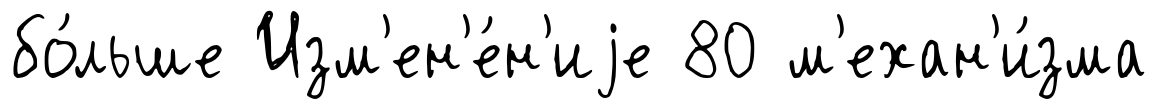
бо́льше Изм'ен'е́н'иjе 80 м'ехан'и́зма